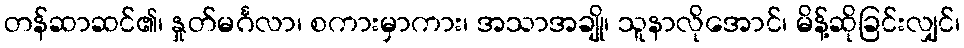
တန်ဆာဆင်၏၊ နှုတ်မင်္ဂလာ၊ စကားမှာကား၊ အသာအချို၊ သူနာလိုအောင်၊ မိန့်ဆိုခြင်းလျှင်၊